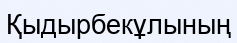
Қыдырбекұлының